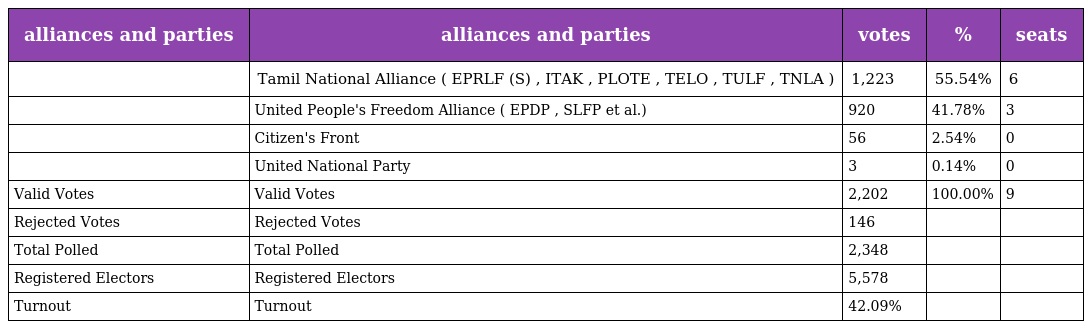
| alliances and parties | alliances and parties | votes | % | seats |
 | --- | --- | --- | --- | --- |
 |  | Tamil National Alliance ( EPRLF (S) , ITAK , PLOTE , TELO , TULF , TNLA ) | 1,223 | 55.54% | 6 |
 |  | United People's Freedom Alliance ( EPDP , SLFP et al.) | 920 | 41.78% | 3 |
 |  | Citizen's Front | 56 | 2.54% | 0 |
 |  | United National Party | 3 | 0.14% | 0 |
 | Valid Votes | Valid Votes | 2,202 | 100.00% | 9 |
 | Rejected Votes | Rejected Votes | 146 |  |  |
 | Total Polled | Total Polled | 2,348 |  |  |
 | Registered Electors | Registered Electors | 5,578 |  |  |
 | Turnout | Turnout | 42.09% |  |  |